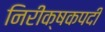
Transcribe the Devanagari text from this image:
निरीक्षकपदी